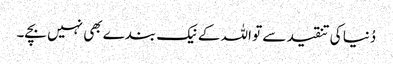
دُنیا کی تنقید سے تو اللہ کے نیک بندے بھی نہیں بچے۔